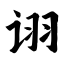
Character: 诩